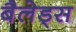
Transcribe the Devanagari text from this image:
बैलेड्स